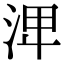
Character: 𣴪